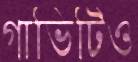
গাভিটিও